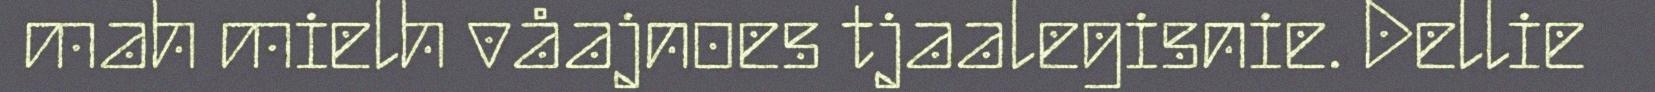
mah mielh våajnoes tjaalegisnie. Dellie